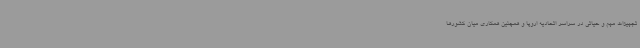
تجهیزات مهم و حیاتی در سراسر اتحادیه اروپا و همچنین همکاری میان کشورها